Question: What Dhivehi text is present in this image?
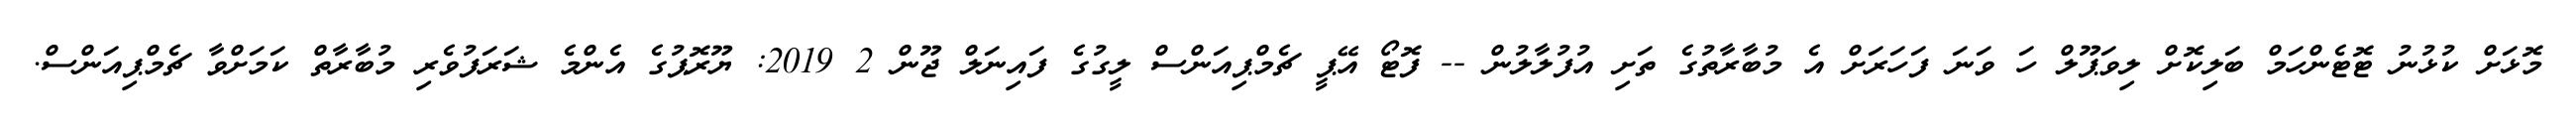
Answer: މޮޅަށް ކުޅުނު ޓޮޓެންހަމް ބަލިކޮށް ލިވަޕޫލް ހަ ވަނަ ފަހަރަށް އެ މުބާރާތުގެ ތަށި އުފުލާލުން -- ފޮޓޯ އޭޕީ ޗެމްޕިއަންސް ލީގުގެ ފައިނަލް ޖޫން 2 2019: ޔޫރޮޕުގެ އެންމެ ޝަރަފުވެރި މުބާރާތް ކަމަށްވާ ޗެމްޕިއަންސް.